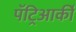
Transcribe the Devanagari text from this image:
पॅट्रिआर्की